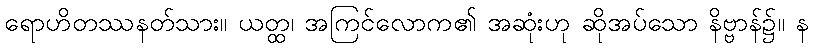
ရောဟိတဿနတ်သား။ ယတ္ထ၊ အကြင်လောက၏ အဆုံးဟု ဆိုအပ်သော နိဗ္ဗာန်၌။ န